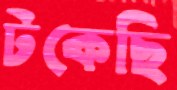
টকেছি